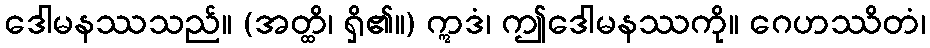
ဒေါမနဿသည်။ (အတ္ထိ၊ ရှိ၏။) ဣဒံ၊ ဤဒေါမနဿကို။ ဂေဟဿိတံ၊